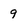
Character: 9